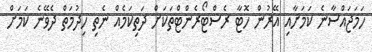
ހަމަޖައްސާނެ ކަމަށާއި އޭރުން ހޮޓާ ރެސްޓޯރެންޓްތަކަށް ދަތިކަމެއް ނެތި ހިދުމަތް ދެވޭނެ ކަމަށް